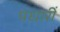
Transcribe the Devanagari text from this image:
पधारीं